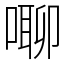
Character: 㗦